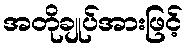
အတိုချုပ်အားဖြင့်